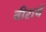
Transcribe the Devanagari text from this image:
वीराचे